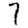
Digit: 7